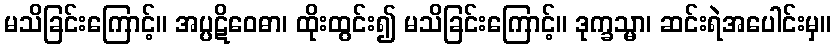
မသိခြင်းကြောင့်။ အပ္ပဋိဝေဓာ၊ ထိုးထွင်း၍ မသိခြင်းကြောင့်။ ဒုက္ခသ္မာ၊ ဆင်းရဲအပေါင်းမှ။